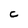
Character: C